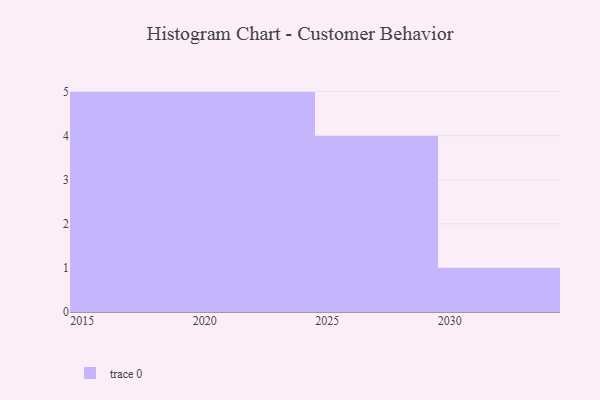
{"axis": {"x": "Year", "y": "LTV (USD)"}, "legend": [""], "data": [{"x": "2016", "y": 57, "type": ""}, {"x": "2015", "y": 35, "type": ""}, {"x": "2021", "y": 10, "type": ""}, {"x": "2027", "y": 41, "type": ""}, {"x": "2025", "y": 45, "type": ""}, {"x": "2018", "y": 18, "type": ""}, {"x": "2029", "y": 94, "type": ""}, {"x": "2024", "y": 33, "type": ""}, {"x": "2030", "y": 80, "type": ""}, {"x": "2026", "y": 21, "type": ""}, {"x": "2020", "y": 93, "type": ""}, {"x": "2023", "y": 79, "type": ""}, {"x": "2019", "y": 5, "type": ""}, {"x": "2017", "y": 16, "type": ""}, {"x": "2022", "y": 11, "type": ""}]}